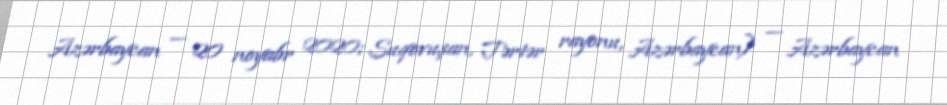
Azərbaycan — 20 noyabr 2020; Suqovuşan, Tərtər rayonu, Azərbaycan) — Azərbaycan